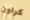
كراون